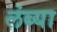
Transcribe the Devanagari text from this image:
लंब्या